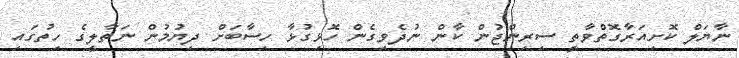
ނާޔަލް ކޮށިއަރާގޮތްވާތީ ސިރިންޖުން ކާން ނުދެވިގެން ހޮޅިގުޅާ ހިސާބަށް ދިޔުމުން ނަތާލީގެ ހިތުގައި